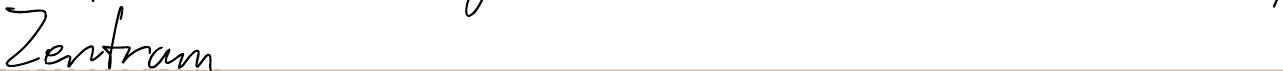
Zentrum